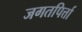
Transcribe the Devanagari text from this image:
जगतपिर्त्ता